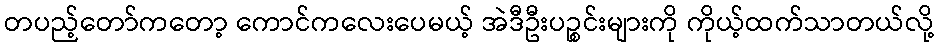
တပည့်တော်ကတော့ ကောင်ကလေးပေမယ့် အဲဒီဦးပဉ္စင်းများကို ကိုယ့်ထက်သာတယ်လို့